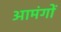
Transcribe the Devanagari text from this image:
आमंगों